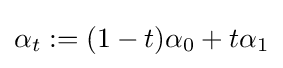
\alpha _{t}:=(1-t)\alpha _{0}+t\alpha _{1}